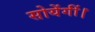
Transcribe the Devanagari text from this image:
सोयेंगीं।